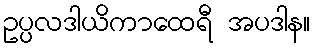
ဥပ္ပလဒါယိကာထေရီ အပဒါန။